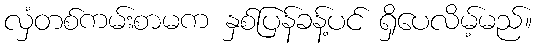
လှံတစ်ကမ်းစာမက နှစ်ပြန်ခန့်ပင် ရှိပေလိမ့်မည်။